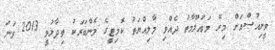
ވީނިއުސްއަށް މިރޭ މައުލޫމާތު ދެއްވި މާލިއްޔަތު ކޮމިޓީގެ މެންބަރަކު ވިދާޅުވީ 2013 ވަނަ